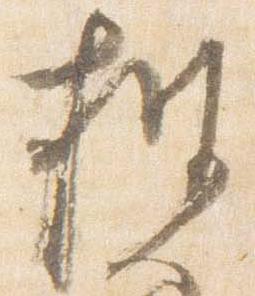
披